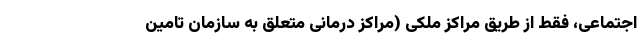
اجتماعی، فقط از طریق مراکز ملکی (مراکز درمانی متعلق به سازمان تامین